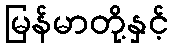
မြန်မာတို့နှင့်